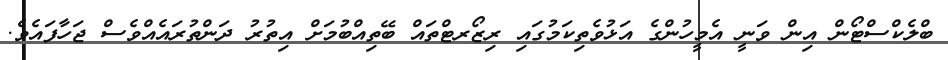
ބްލެކްސްޓޯން އިން ވަނީ އެމީހުންގެ އަޅުވެތިކަމުގައި ރިޒޯރޓްތައް ބޭތިއްބުމަށް އިތުރު ދަންތުރައެއްވެސް ޖަހާފައެވެ.